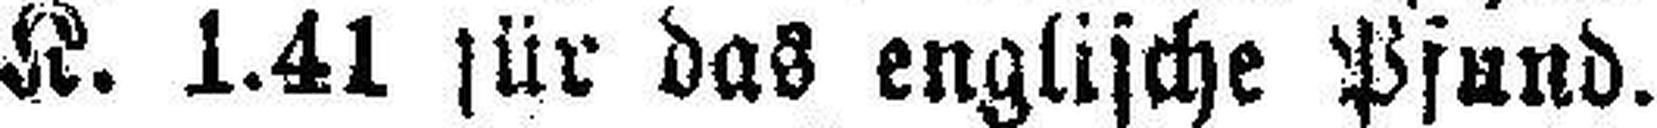
K. 1.41 für das englische Pfund.